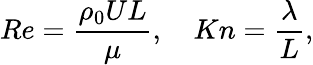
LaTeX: Re=\frac{\rho_{0}UL}{\mu},\quad Kn=\frac{\lambda}{L},